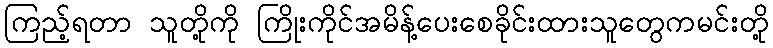
ကြည့်ရတာ သူတို့ကို ကြိုးကိုင်အမိန့်ပေးစေခိုင်းထားသူတွေကမင်းတို့